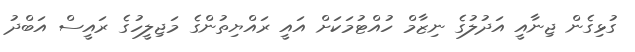
ގުޅިގެން ޖިނާއީ އަދުލުގެ ނިޒާމް ހުއްޓުމަކަށް އައީ ރައްޔިތުންގެ މަޖިލީހުގެ ރައީސް އަބްދު